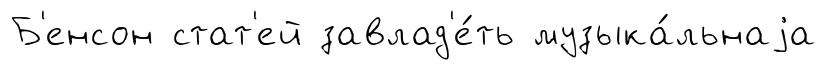
Б'енсон стат'ей завлад'е́ть музыка́льнаjа